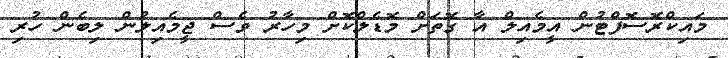
މައިކްރޮސޮފްޓުން އީމެއިލް އާ ގޮތަށް މޮޑެލްކޮށް މިހާރު ވެސް ޖީމެއިލުން ލިބެން ހުރި